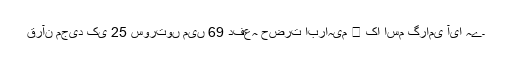
قرآن مجید کی 25 سورتوں میں 69 دفعہ حضرت ابراہیم ﷤ کا اسم گرامی آیا ہے۔